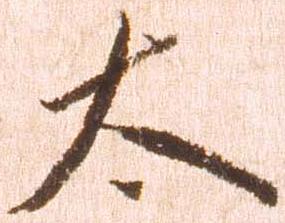
太